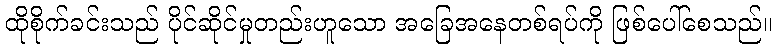
ထိုစိုက်ခင်းသည် ပိုင်ဆိုင်မှုတည်းဟူသော အခြေအနေတစ်ရပ်ကို ဖြစ်ပေါ်စေသည်။